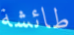
طائشة